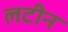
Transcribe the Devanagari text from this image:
लटीन